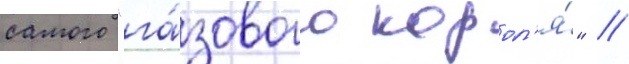
самого "га́зового корол'я́" //